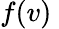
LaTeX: f(v)~